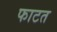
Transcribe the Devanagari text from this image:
फाटत